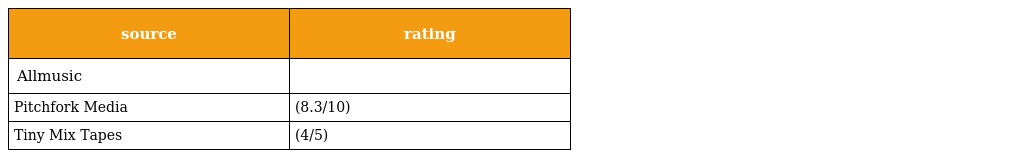
| source | rating |
 | --- | --- |
 | Allmusic |  |
 | Pitchfork Media | (8.3/10) |
 | Tiny Mix Tapes | (4/5) |